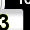
Digit: 3